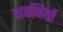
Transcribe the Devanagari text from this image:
गवनियों